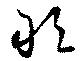
敢